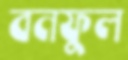
বনফুল